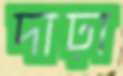
দাঢ়া